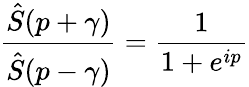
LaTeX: \frac{\hat{S}(p+\gamma)}{\hat{S}(p-\gamma)}=\frac{1}{1+e^{ip}}